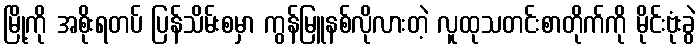
မြို့ကို အစိုးရတပ် ပြန်သိမ်းစမှာ ကွန်မြူနစ်လိုလားတဲ့ လူထုသတင်းစာတိုက်ကို မိုင်းဗုံးခွဲ